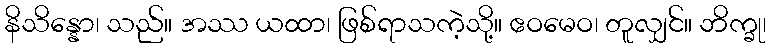
နိသိန္နော၊ သည်။ အဿ ယထာ၊ ဖြစ်ရာသကဲ့သို့။ ဧဝမေဝ၊ တူလျှင်။ ဘိက္ခု၊